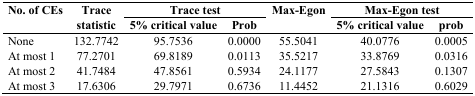
<table><thead><tr><td rowspan="2"><b>No. of CEs</b></td><td rowspan="2"><b>Trace statistic</b></td><td colspan="2"><b>Trace test</b></td><td rowspan="2"><b>Max-Egon</b></td><td colspan="2"><b>Max-Egon test</b></td></tr><tr><td><b>5% critical value</b></td><td><b>Prob</b></td><td><b>5% critical value</b></td><td><b>prob</b></td></tr></thead><tbody><tr><td>None</td><td>132.7742</td><td>95.7536</td><td>0.0000</td><td>55.5041</td><td>40.0776</td><td>0.0005</td></tr><tr><td>At most 1</td><td>77.2701</td><td>69.8189</td><td>0.0113</td><td>35.5217</td><td>33.8769</td><td>0.0316</td></tr><tr><td>At most 2</td><td>41.7484</td><td>47.8561</td><td>0.5934</td><td>24.1177</td><td>27.5843</td><td>0.1307</td></tr><tr><td>At most 3</td><td>17.6306</td><td>29.7971</td><td>0.6736</td><td>11.4452</td><td>21.1316</td><td>0.6029</td></tr></tbody></table>